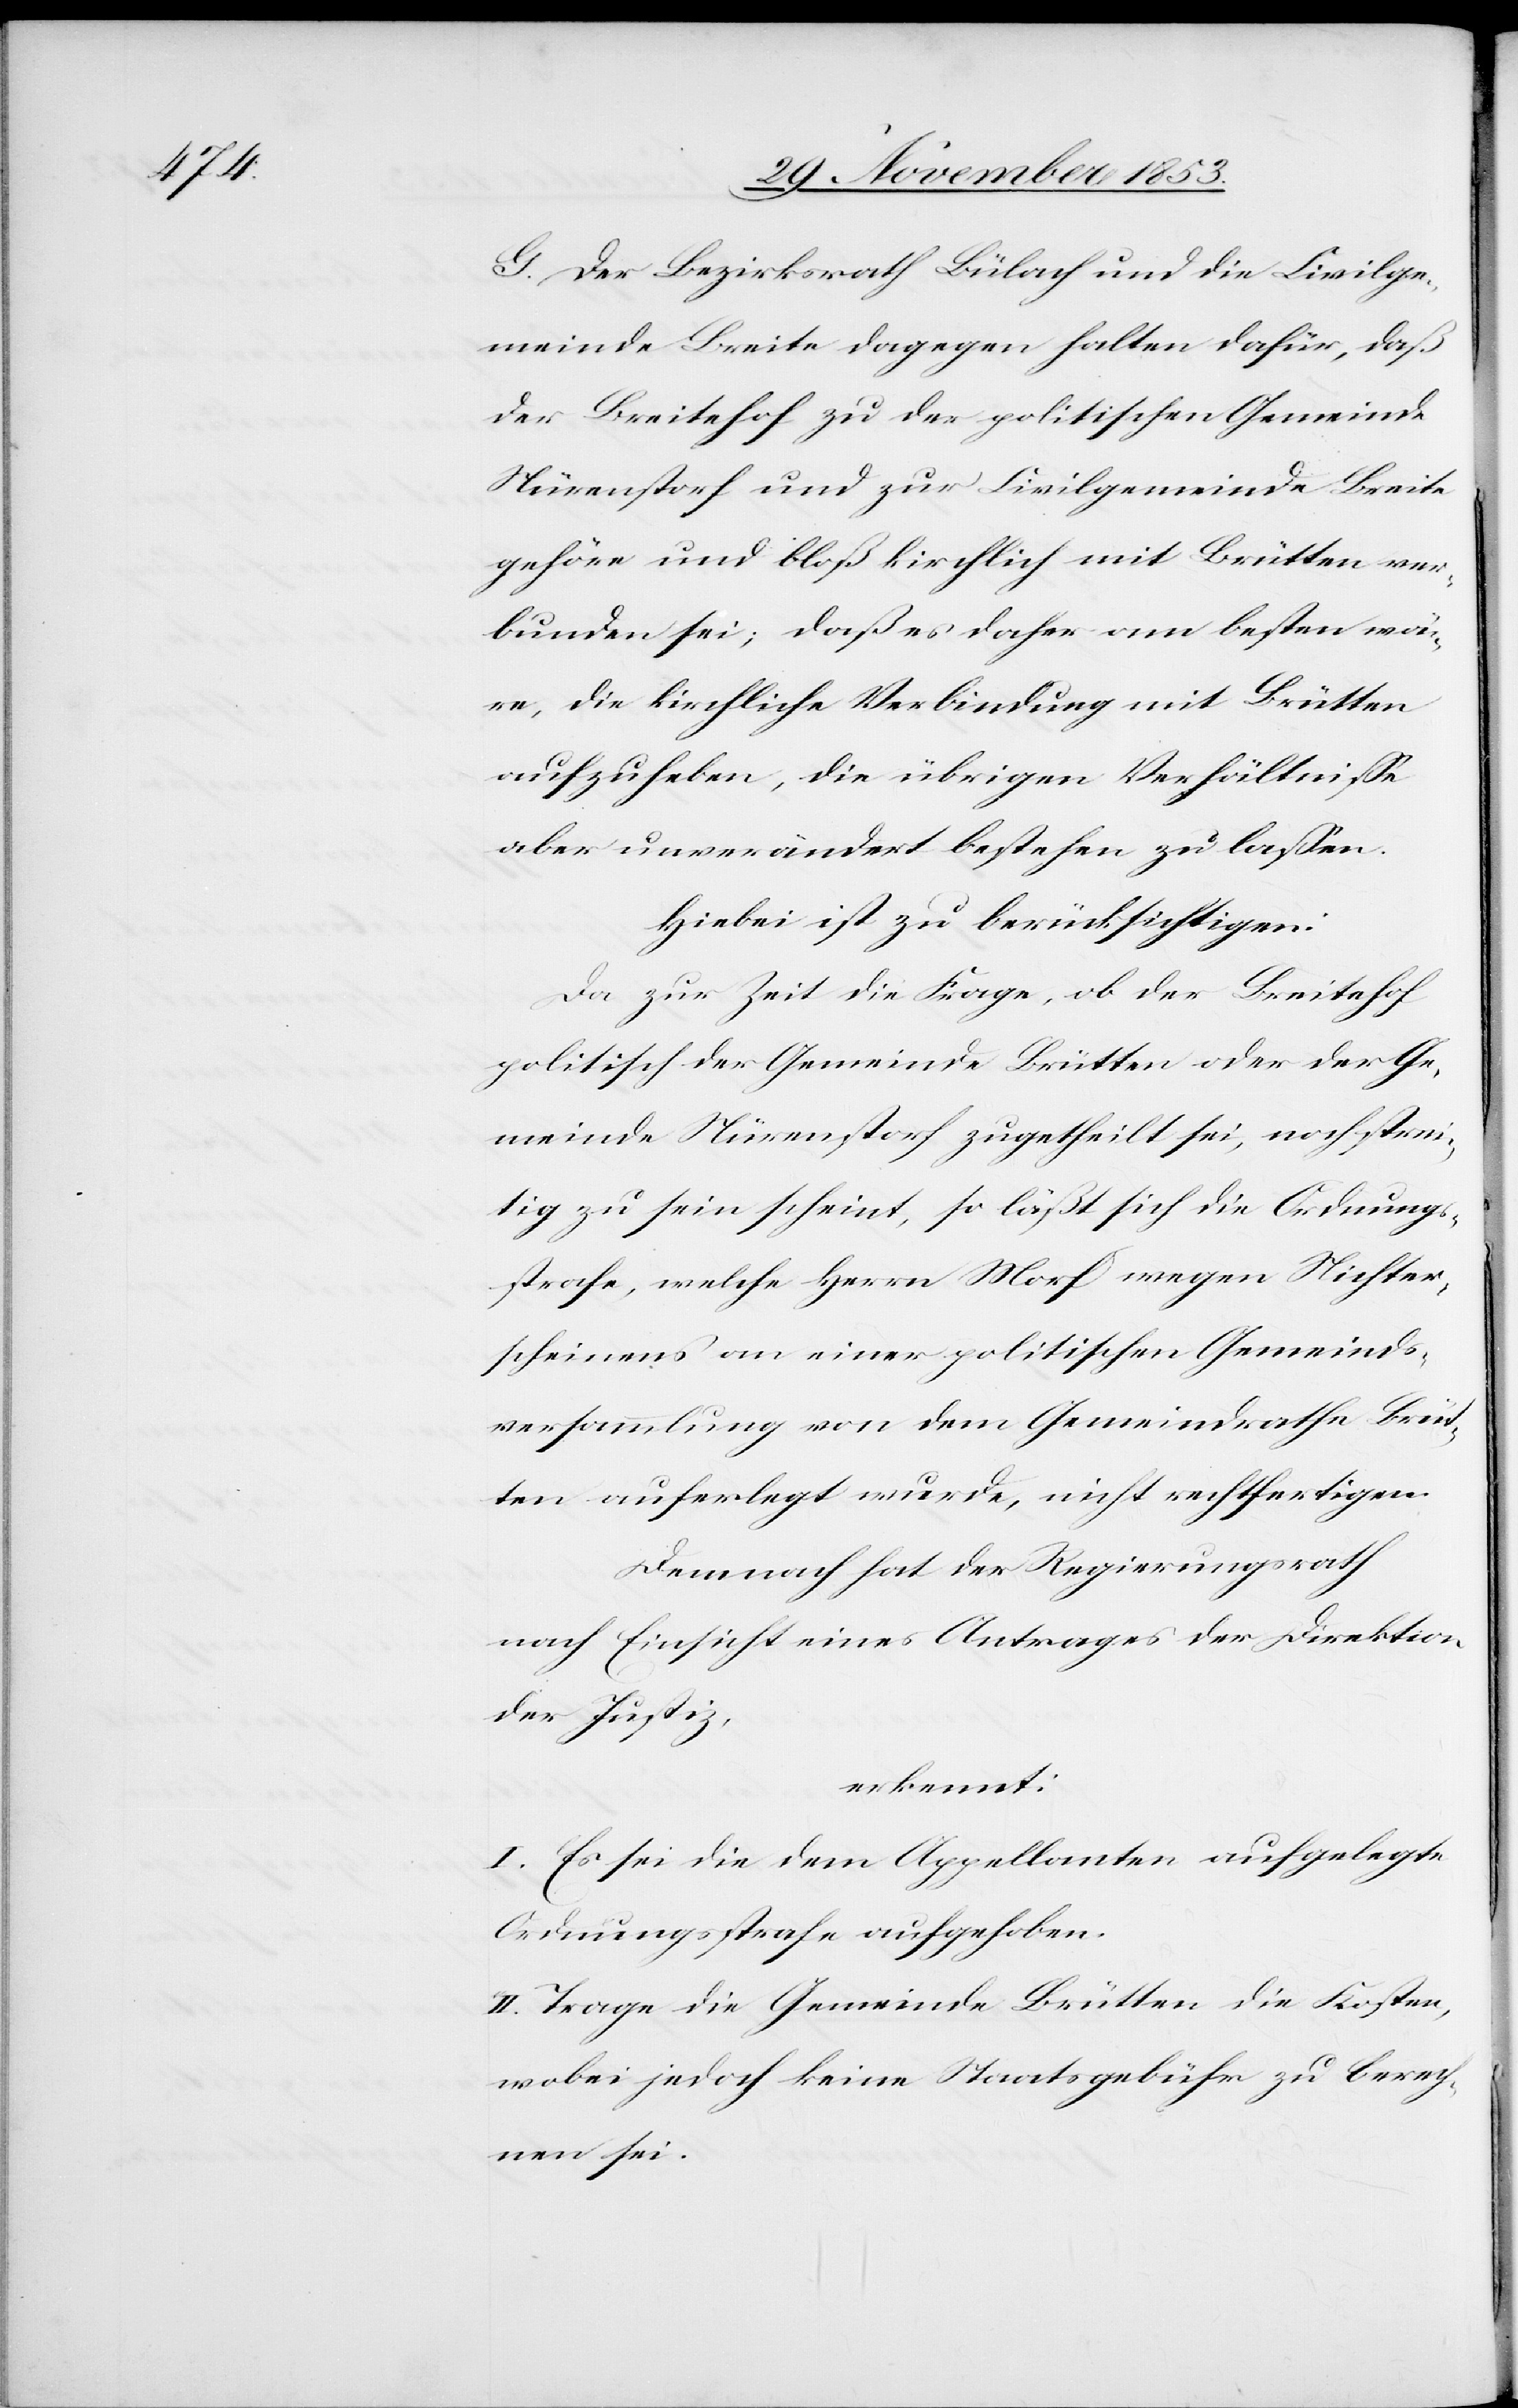
G. Der Bezirksrath Bülach und die Civilge¬
meinde Breite dagegen halten dafür, daß
der Breitehof zu der politischen Gemeinde
Nürenstorf und zur Civilgemeinde Breite
gehöre und bloß kirchlich mit Brütten ver¬
bunden sei, daß es daher am besten wä¬
re, die kirchliche Verbindung mit Brütten
aufzuheben, die übrigen Verhältniße
aber unverändert bestehen zu laßen.
Hiebei ist zu berücksichtigen:
Da zur Zeit die Frage, ob der Breitehof
politisch der Gemeinde Brütten oder der Ge¬
meinde Nürenstorf zugetheilt sei, noch strei¬
tig zu sein scheint, so läßt sich die Ordnungs¬
strafe, welche Herrn Morf wegen Nichter¬
scheinens an einer politischen Gemeinds¬
versammlung von dem Gemeindrathe Brüt¬
ten auferlegt wurde, nicht rechtfertigen.
Demnach hat der Regierungsrath
nach Einsicht eines Antrages der Direktion
der Justiz,
erkennt:
I. Es sei die dem Appellanten aufgelegte
Ordnungsstrafe aufgehoben.
II. Trage die Gemeinde Brütten die Kosten,
wobei jedoch keine Staatsgebühr zu berech¬
nen sei.